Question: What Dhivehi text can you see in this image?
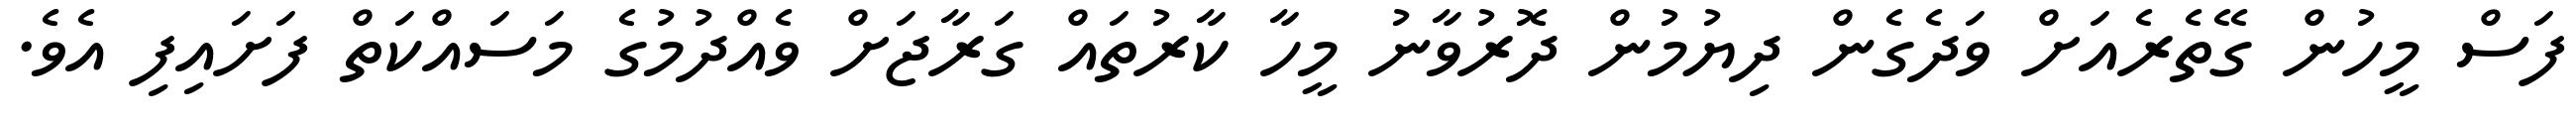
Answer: ފަސް މީހުން ގޭތެރެއަށް ވަދެގެން ދިޔުމުން ދޮރުވާނު މީހާ ކާރުތައް ގަރާޖަށް ވެއްދުމުގެ މަސައްކަތް ފަށައިފި އެވެ.